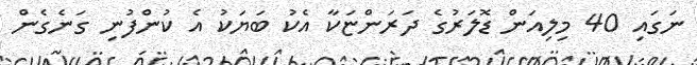
ނަގައި 40 މިލިއަން ޑޮލަރުގެ ދަރަންޏަކާ އެކު ބަޔަކު އެ ކުންފުނި ގަނެގެން